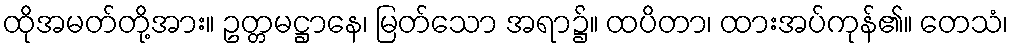
ထိုအမတ်တို့အား။ ဥတ္တမဋ္ဌာနေ၊ မြတ်သော အရာ၌။ ထပိတာ၊ ထားအပ်ကုန်၏။ တေသံ၊